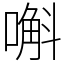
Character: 嘝